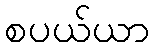
စပယ်ယာ